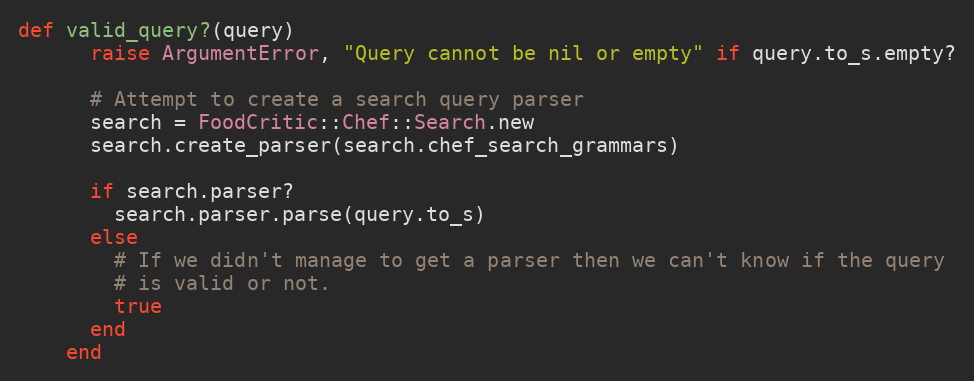
Language: Ruby
def valid_query?(query)
      raise ArgumentError, "Query cannot be nil or empty" if query.to_s.empty?

      # Attempt to create a search query parser
      search = FoodCritic::Chef::Search.new
      search.create_parser(search.chef_search_grammars)

      if search.parser?
        search.parser.parse(query.to_s)
      else
        # If we didn't manage to get a parser then we can't know if the query
        # is valid or not.
        true
      end
    end